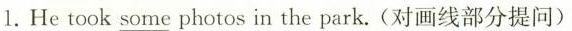
1.He took \underline{some} photos in the park. (对画线部分提问)